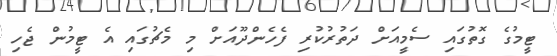
ޓީމުގެ ގޮތުގައި ސެމީއަށް ދަތުރުކުރި ފެހެންދޫއަށް މި މެޗުގައި އެ ޓީމުން ޖެހި